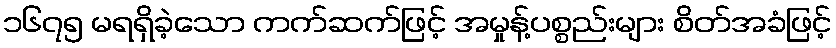
၁၆၇၅ မရရှိခဲ့သော ကက်ဆက်ဖြင့် အမှုန့်ပစ္စည်းများ စိတ်အခံဖြင့်